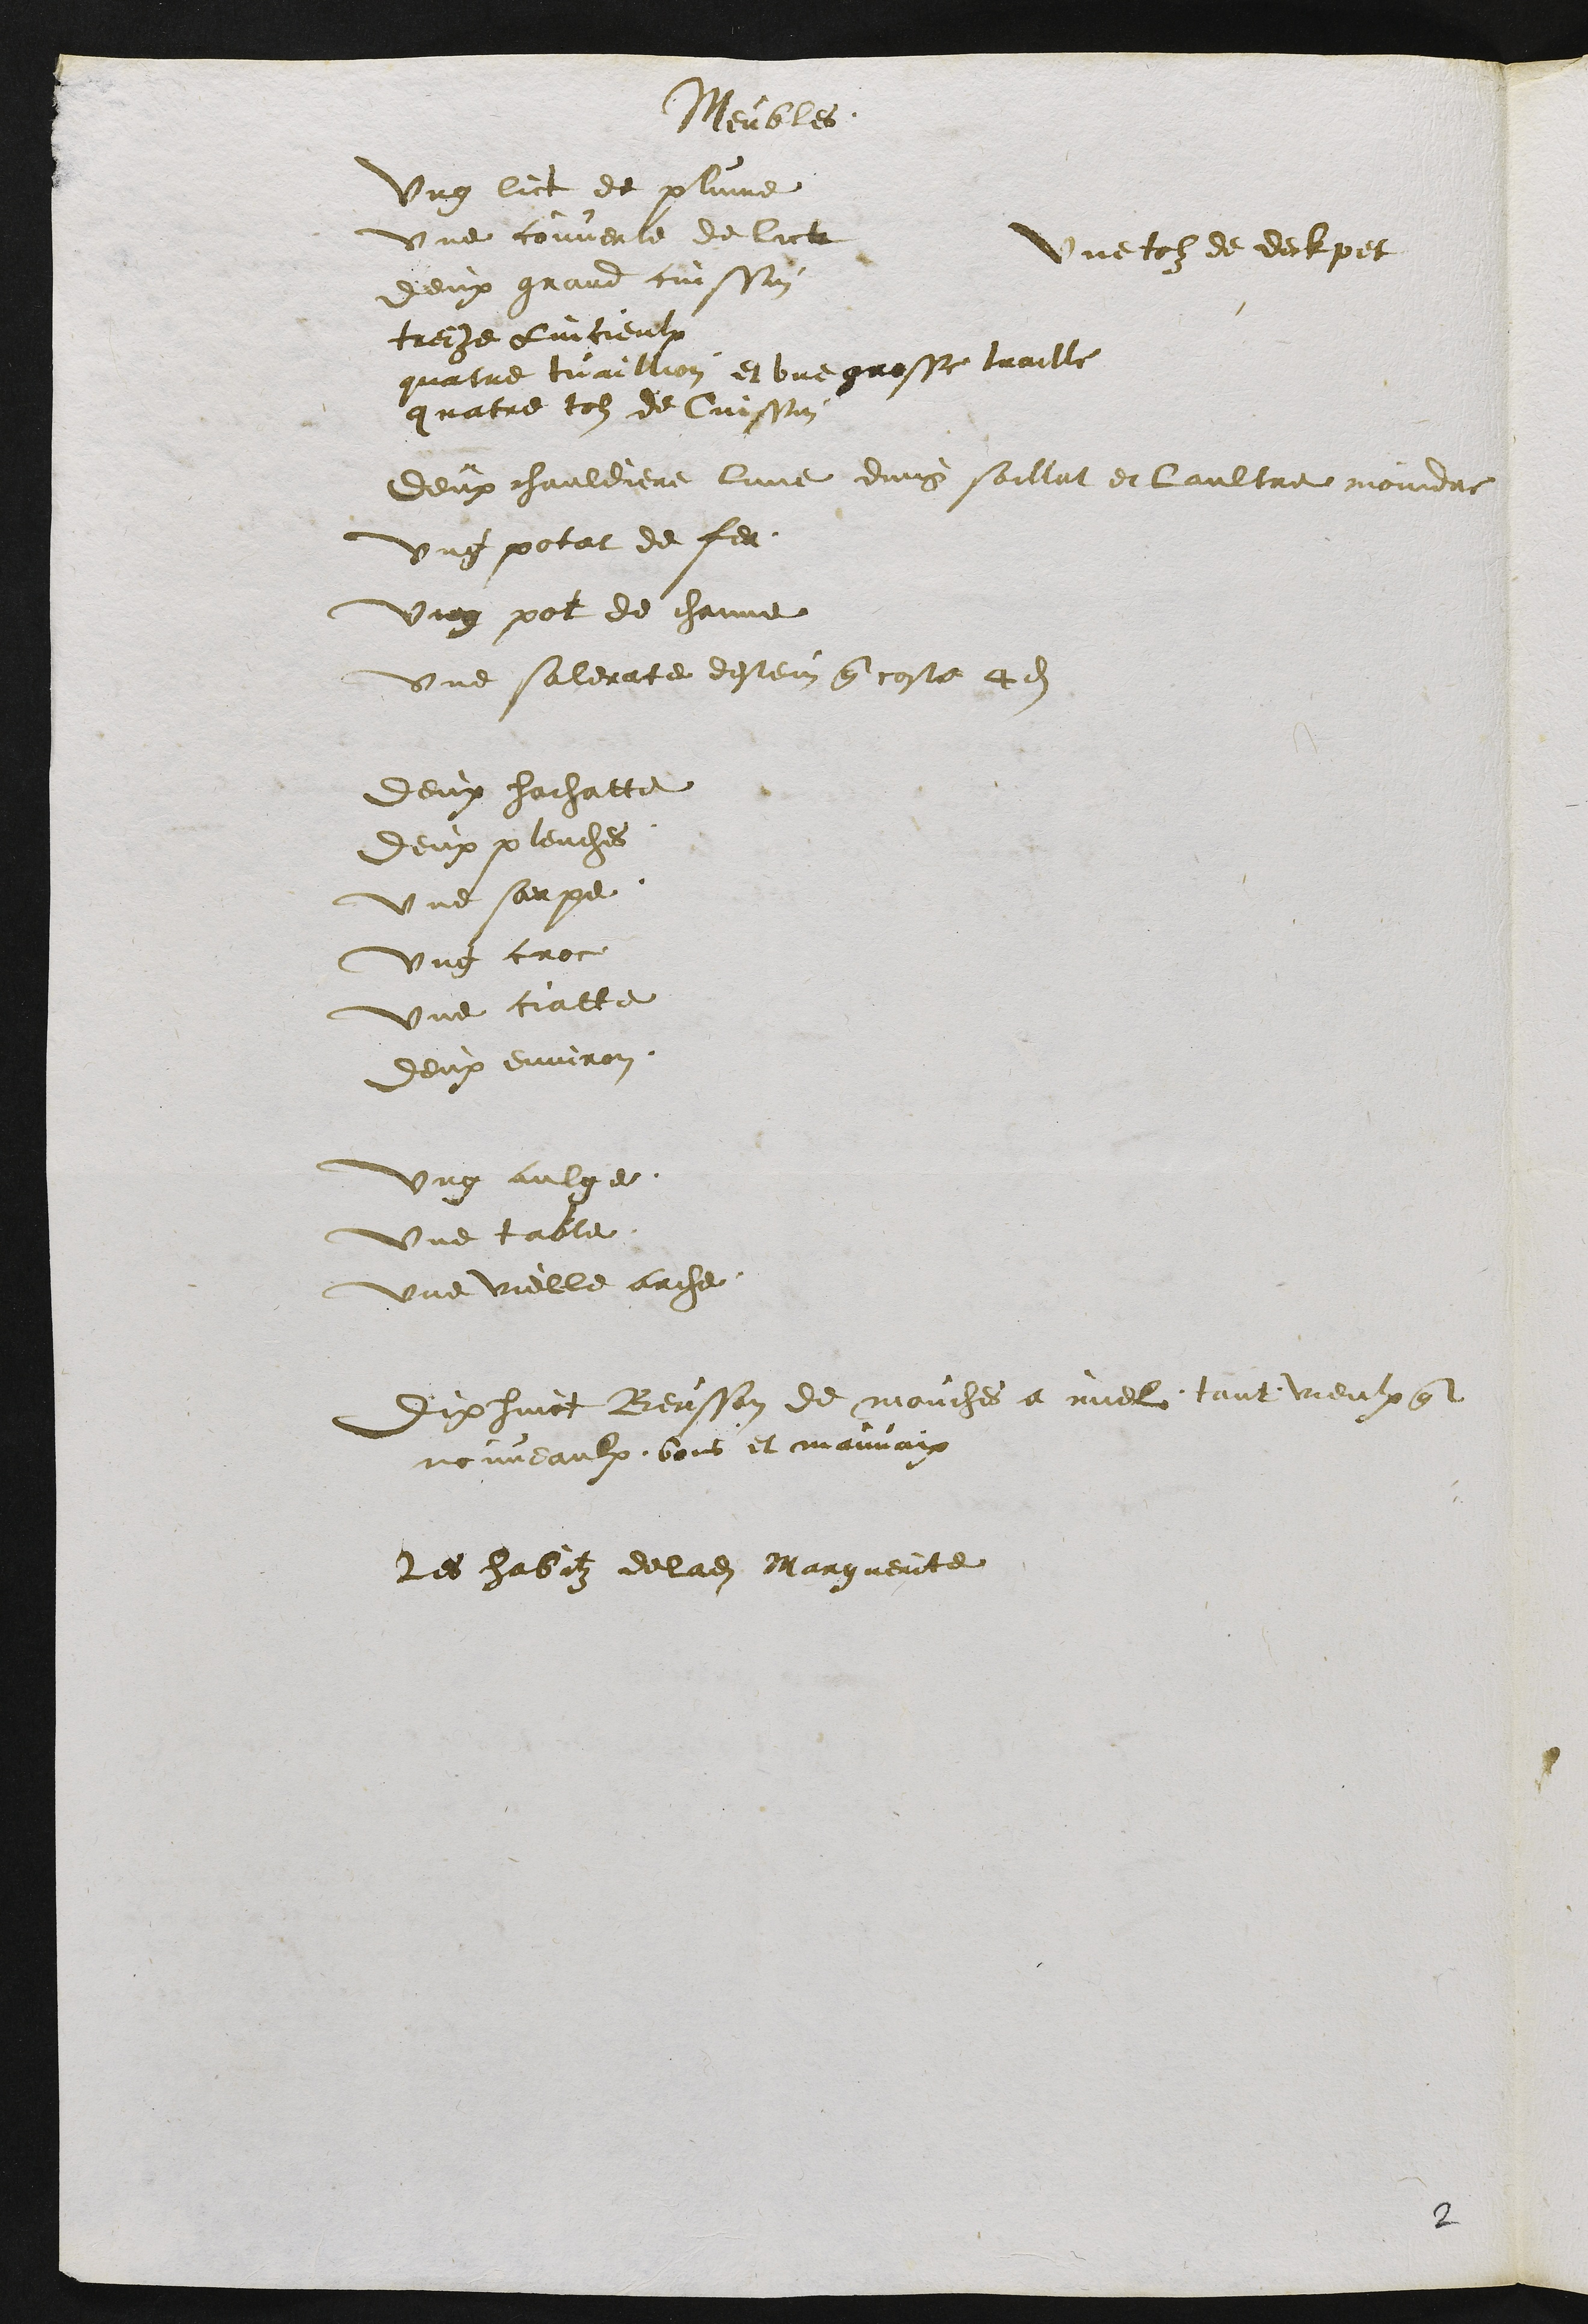
Meûbles
ung lict de plume
une couverte de lict
une tolz de delet
deux grand cuissin
treize bieulx
quatre vaillion et une grosse traille
quatre tos de Cuissin
deux chauldiere lune dung soillat et laultre moindre
ung polat de fer
ung pat de channe
une saleratte deste que coste a dit
deux lachatte
deux plenches
une sur pe
ung croce
une calle
deux environ
ung aulge
une table
une velle arche
dix huict Beusson de maiches a nel tant vieulx quel
nombaulx bois et mauvais
Les habitz de ladite Marguerite